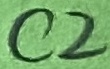
Text: C2